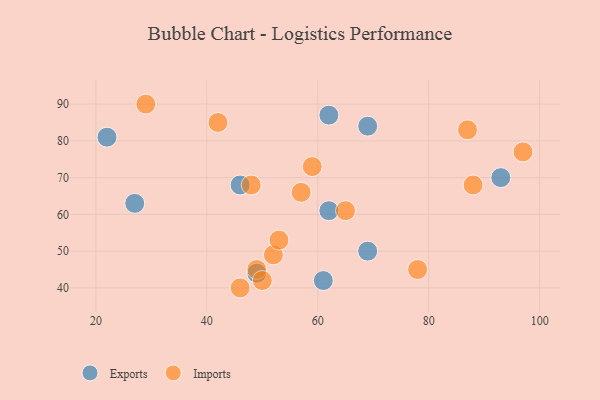
{"axis": {"x": "GDP", "y": "Life Expectancy"}, "legend": ["Exports", "Imports"], "data": [{"x": "62", "y": 87, "type": "Exports"}, {"x": "93", "y": 70, "type": "Exports"}, {"x": "49", "y": 44, "type": "Exports"}, {"x": "27", "y": 63, "type": "Exports"}, {"x": "69", "y": 50, "type": "Exports"}, {"x": "46", "y": 68, "type": "Exports"}, {"x": "62", "y": 61, "type": "Exports"}, {"x": "22", "y": 81, "type": "Exports"}, {"x": "61", "y": 42, "type": "Exports"}, {"x": "69", "y": 84, "type": "Exports"}, {"x": "52", "y": 49, "type": "Imports"}, {"x": "29", "y": 90, "type": "Imports"}, {"x": "97", "y": 77, "type": "Imports"}, {"x": "57", "y": 66, "type": "Imports"}, {"x": "53", "y": 53, "type": "Imports"}, {"x": "59", "y": 73, "type": "Imports"}, {"x": "42", "y": 85, "type": "Imports"}, {"x": "87", "y": 83, "type": "Imports"}, {"x": "65", "y": 61, "type": "Imports"}, {"x": "48", "y": 68, "type": "Imports"}, {"x": "78", "y": 45, "type": "Imports"}, {"x": "46", "y": 40, "type": "Imports"}, {"x": "49", "y": 45, "type": "Imports"}, {"x": "88", "y": 68, "type": "Imports"}, {"x": "50", "y": 42, "type": "Imports"}]}